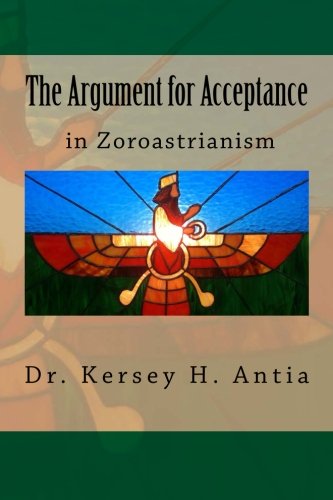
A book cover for The Argument for Acceptance in Zoroastrianism; Dr. Kersey H Antia; Religion & Spirituality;